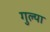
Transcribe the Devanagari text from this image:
गुल्या